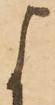
よ